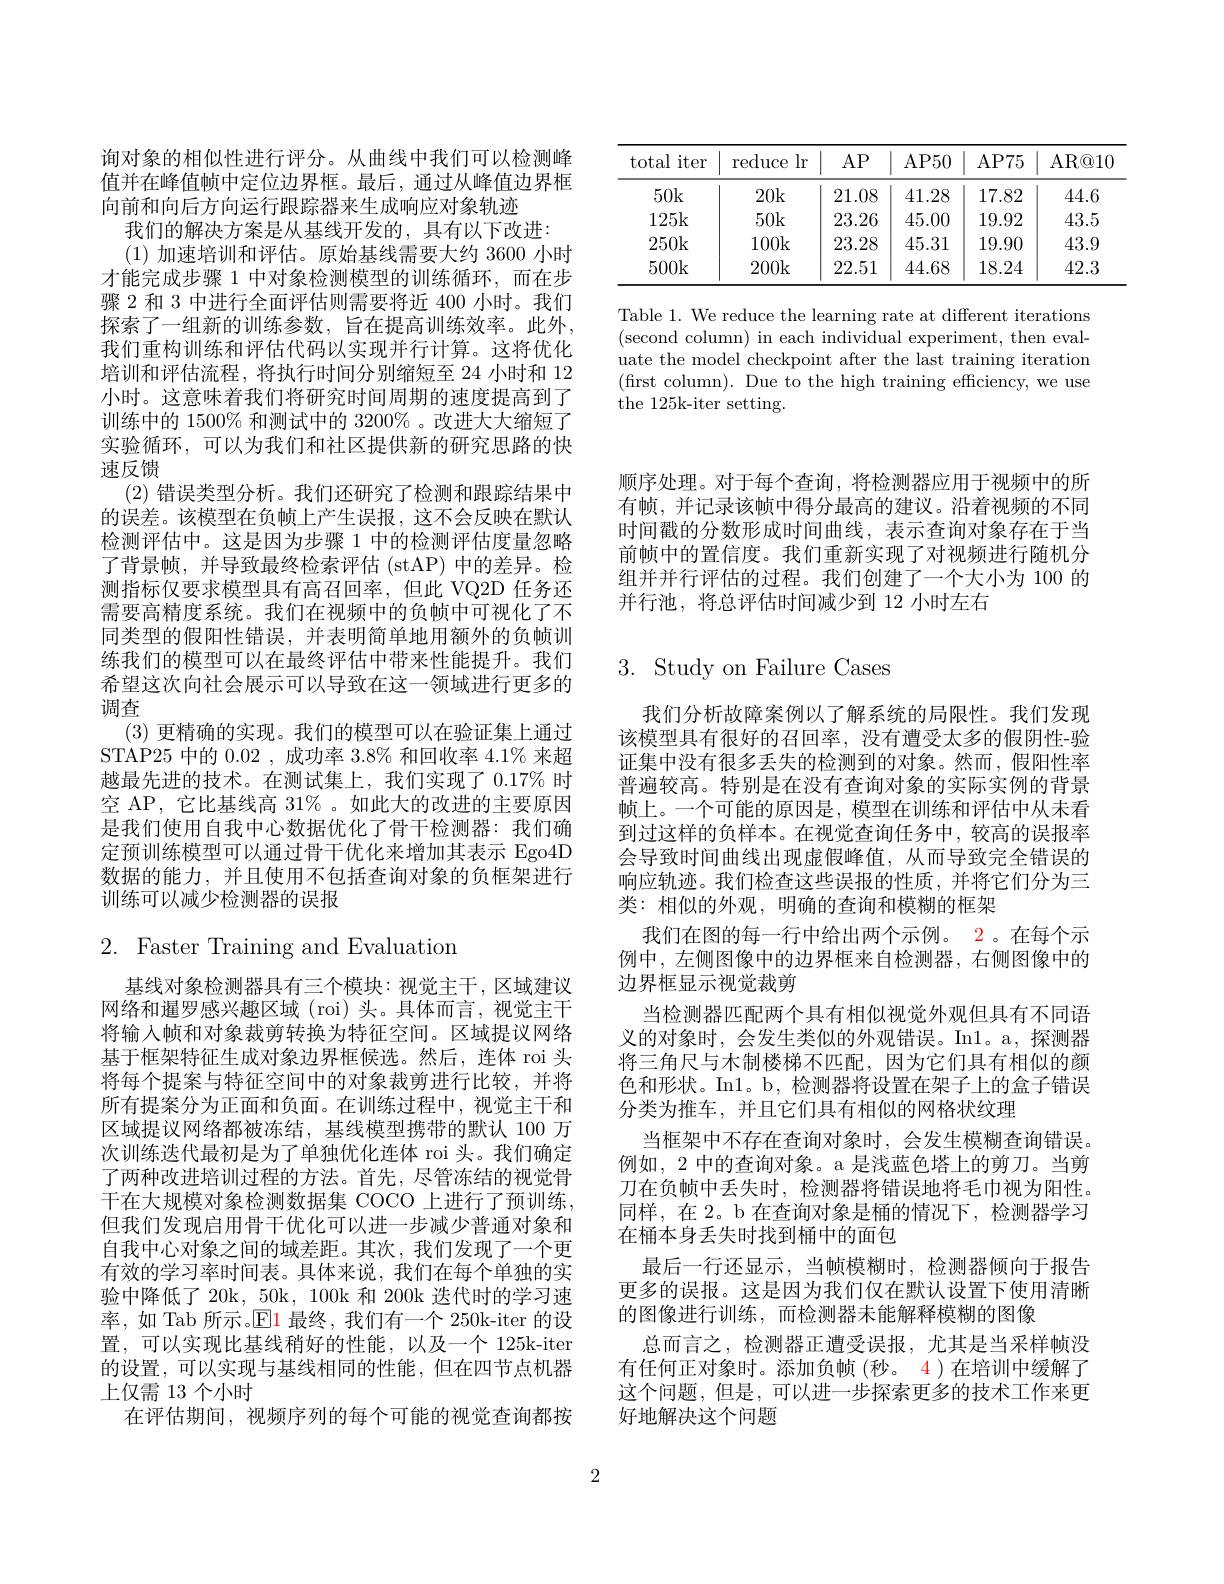
<table>
	<tbody>
		<tr>
			<th>total iter</th>
			<th>reduce $lr$</th>
			<th>$AP$</th>
			<th>AP50</th>
			<th>AP75</th>
			<th>AR@ 10</th>
		</tr>
		<tr>
			<td>50k</td>
			<td>20k</td>
			<td>21.08</td>
			<td>41.28</td>
			<td>17.82</td>
			<td>44.6</td>
		</tr>
		<tr>
			<td>125k</td>
			<td>50k</td>
			<td>23.26</td>
			<td>45.00</td>
			<td>19.92</td>
			<td>43.5</td>
		</tr>
		<tr>
			<td>250k</td>
			<td>100k</td>
			<td>23.28</td>
			<td>45.31</td>
			<td>19.90</td>
			<td>43.9</td>
		</tr>
		<tr>
			<td>500k</td>
			<td>200k</td>
			<td>22.51</td>
			<td>44.68</td>
			<td>18.24</td>
			<td>42.3</td>
		</tr>
	</tbody>
</table>

Table 1. We reduce the learning rate at different iterations (second column) in each individual experiment, then evaluate the model checkpoint after the last training iteration (first column). Due to the high training efficiency, we use the 125k-iter setting.

顺序处理。对于每个查询，将检测器应用于视频中的所有帧，并记录该帧中得分最高的建议。沿着视频的不同时间戳的分数形成时间曲线，表示查询对象存在于当前帧中的置信度。我们重新实现了对视频进行随机分组并并行评估的过程。我们创建了一个大小为 100 的并行池，将总评估时间减少到 12 小时左右

询对象的相似性进行评分。从曲线中我们可以检测峰值并在峰值帧中定位边界框。最后，通过从峰值边界框向前和向后方向运行跟踪器来生成响应对象轨迹
我们的解决方案是从基线开发的，具有以下改进：
(1)加速培训和评估。原始基线需要大约 3600 小时才能完成步骤 1 中对象检测模型的训练循环，而在步骤 2 和 3 中进行全面评估则需要将近 400 小时。我们探索了一组新的训练参数，旨在提高训练效率。此外， 我们重构训练和评估代码以实现并行计算。这将优化培训和评估流程，将执行时间分别缩短至 24 小时和 12小时。这意味着我们将研究时间周期的速度提高到了训练中的 1500% 和测试中的 3200% 。改进大大缩短了实验循环，可以为我们和社区提供新的研究思路的快速反馈
(2)错误类型分析。我们还研究了检测和跟踪结果中的误差。该模型在负帧上产生误报，这不会反映在默认检测评估中。这是因为步骤 1 中的检测评估度量忽略了背景帧，并导致最终检索评估 (stAP) 中的差异。检测指标仅要求模型具有高召回率，但此 VQ2D 任务还需要高精度系统。我们在视频中的负帧中可视化了不同类型的假阳性错误，并表明简单地用额外的负帧训练我们的模型可以在最终评估中带来性能提升。我们希望这次向社会展示可以导致在这一领域进行更多的调查
(3)更精确的实现。我们的模型可以在验证集上通过STAP25 中的0.02 ,成功率 3.8% 和回收率 4.1% 来超越最先进的技术。在测试集上，我们实现了 0.17% 时空 AP, 它比基线高 31% 。如此大的改进的主要原因是我们使用自我中心数据优化了骨干检测器：我们确定预训练模型可以通过骨干优化来增加其表示 Ego4D 数据的能力，并且使用不包括查询对象的负框架进行训练可以减少检测器的误报

# $2.{\mathrm{~Faster~Training~and~Evaluation}}$

基线对象检测器具有三个模块：视觉主干，区域建议网络和暹罗感兴趣区域 (roi) 头。具体而言，视觉主干将输入帧和对象裁剪转换为特征空间。区域提议网络基于框架特征生成对象边界框候选。然后，连体 roi 头将每个提案与特征空间中的对象裁剪进行比较，并将所有提案分为正面和负面。在训练过程中，视觉主干和区域提议网络都被冻结，基线模型携带的默认 100 万次训练迭代最初是为了单独优化连体 roi 头。我们确定了两种改进培训过程的方法。首先，尽管冻结的视觉骨干在大规模对象检测数据集 COCO 上进行了预训练， 但我们发现启用骨干优化可以进一步减少普通对象和自我中心对象之间的域差距。其次，我们发现了一个更有效的学习率时间表。具体来说，我们在每个单独的实验中降低了 20k, 50k, 100k 和 200k 迭代时的学习速率，如 Tab 所示。$\operatorname{El}$最终，我们有一个 250k-iter 的设置，可以实现比基线稍好的性能，以及一个 125k-iter 的设置，可以实现与基线相同的性能，但在四节点机器上仅需 13 个小时
在评估期间，视频序列的每个可能的视觉查询都按

# 3. Study on Failure Cases

我们分析故障案例以了解系统的局限性。我们发现该模型具有很好的召回率，没有遭受太多的假阴性-验证集中没有很多丢失的检测到的对象。然而，假阳性率普遍较高。特别是在没有查询对象的实际实例的背景帧上。一个可能的原因是，模型在训练和评估中从未看到过这样的负样本。在视觉查询任务中，较高的误报率会导致时间曲线出现虚假峰值，从而导致完全错误的响应轨迹。我们检查这些误报的性质，并将它们分为三类：相似的外观，明确的查询和模糊的框架
我们在图的每一行中给出两个示例。2。在每个示例中，左侧图像中的边界框来自检测器，右侧图像中的边界框显示视觉裁剪
当检测器匹配两个具有相似视觉外观但具有不同语义的对象时，会发生类似的外观错误。In1。a, 探测器将三角尺与木制楼梯不匹配，因为它们具有相似的颜色和形状。In1。b, 检测器将设置在架子上的盒子错误分类为推车，并且它们具有相似的网格状纹理
当框架中不存在查询对象时，会发生模糊查询错误。例如，2 中的查询对象。a 是浅蓝色塔上的剪刀。当剪刀在负帧中丢失时，检测器将错误地将毛巾视为阳性。同样，在 2。b 在查询对象是桶的情况下，检测器学习在桶本身丢失时找到桶中的面包
最后一行还显示，当帧模糊时，检测器倾向于报告更多的误报。这是因为我们仅在默认设置下使用清晰的图像进行训练，而检测器未能解释模糊的图像
总而言之，检测器正遭受误报，尤其是当采样帧没有任何正对象时。添加负帧(秒。4)在培训中缓解了这个问题，但是，可以进一步探索更多的技术工作来更好地解决这个问题

2